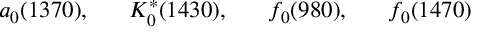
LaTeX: a _ { 0 } ( 1 3 7 0 ) , \; \; \; \; \; \; K _ { 0 } ^ { * } ( 1 4 3 0 ) , \; \; \; \; \; \; f _ { 0 } ( 9 8 0 ) , \; \; \; \; \; \; f _ { 0 } ( 1 4 7 0 )